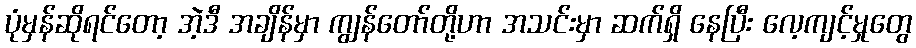
ပုံမှန်ဆိုရင်တော့ အဲ့ဒီ အချိန်မှာ ကျွန်တော်တို့ဟာ အသင်းမှာ ဆက်ရှိ နေပြီး လေ့ကျင့်မှုတွေ